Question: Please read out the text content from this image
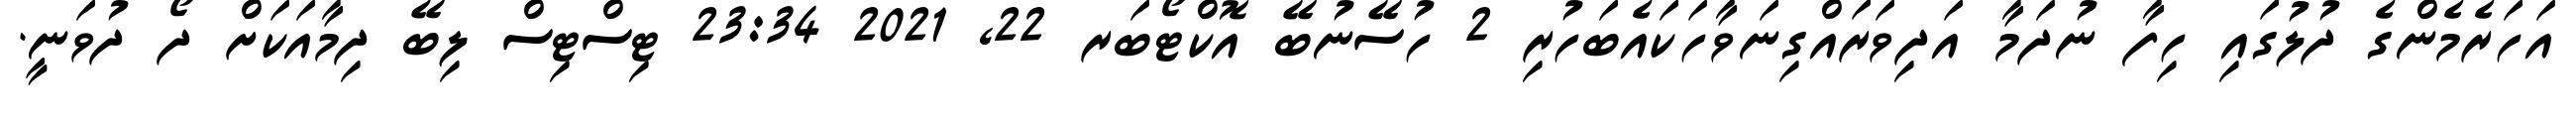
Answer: އަހަރެމެންގެ ދުލުގައި ހިފާ ނުދަމާ އަދިވަރައްގިނަވާހަކައެބަހުރި 2 ހުސޭނުބޭ އޮކްޓޯބަރ 22, 2021 23:34 ޓިސްޓިސް ލިބޭ ދިމާއަކަށް ދޯ ދުވަނީ.